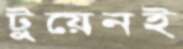
টুয়েনই